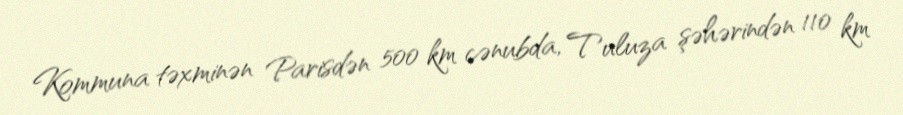
Kommuna təxminən Parisdən 500 km cənubda, Tuluza şəhərindən 110 km